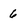
Character: 6